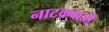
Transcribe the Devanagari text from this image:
नाटकबाजी